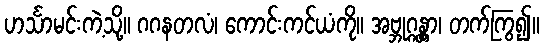
ဟင်္သာမင်းကဲ့သို့။ ဂဂနတလံ၊ ကောင်းကင်ယံကို။ အဗ္ဘုဂ္ဂန္တွာ၊ တက်ကြွ၍။